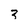
Character: 3